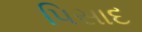
પિસાદ